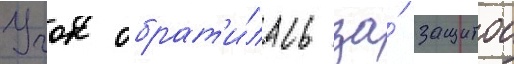
Учок обрат'и́лась за́ защитои